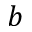
b